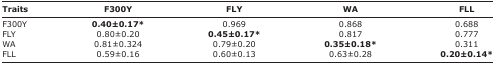
<table><thead><tr><td><b>Traits</b></td><td><b>F300Y</b></td><td><b>FLY</b></td><td><b>WA</b></td><td><b>FLL</b></td></tr></thead><tbody><tr><td>F300Y</td><td><b>0.40±0.17*</b></td><td>0.969</td><td>0.868</td><td>0.688</td></tr><tr><td>FLY</td><td>0.80±0.20</td><td><b>0.45±0.17*</b></td><td>0.817</td><td>0.777</td></tr><tr><td>WA</td><td>0.81±0.324</td><td>0.79±0.20</td><td><b>0.35±0.18*</b></td><td>0.311</td></tr><tr><td>FLL</td><td>0.59±0.16</td><td>0.60±0.13</td><td>0.63±0.28</td><td><b>0.20±0.14*</b></td></tr></tbody></table>